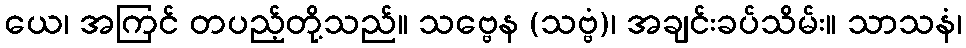
ယေ၊ အကြင် တပည့်တို့သည်။ သဗ္ဗေန (သဗ္ဗံ)၊ အချင်းခပ်သိမ်း။ သာသနံ၊